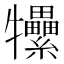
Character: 𤜖